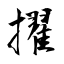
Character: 擢